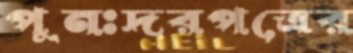
পুনঃদরপত্রের